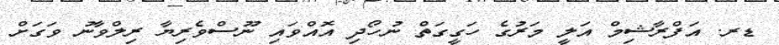
ޑރ. އަފްރާޝިމް އަލީ މަރުގެ ހަގީގަތް ނުހޯދި އޮއްވައި ނޫސްވެރިޔާ ރިލްވާނު ވަގަށް